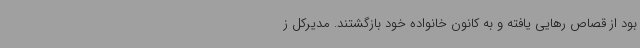
بود از قصاص رهایی یافته و به کانون خانواده خود بازگشتند. مدیرکل ز